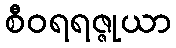
စီဝရရဇ္ဇုယာ